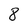
Character: 8